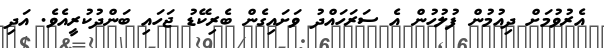
އެރުވުމަށް ދިއުމުން ފުލުހުން އެ ސަރަހައްދު ވަށައިގެން ބެރިކޭޑު ޖަހައި ބަންދުކުރީއެވެ. އަދި